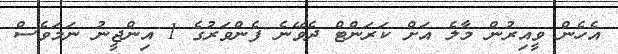
އެހެން ވީއިރުން މާލެ އަށް ކަރަންޓް ދެވޭނެ ފެންވަރުގެ 1 އިންޖީނު ނަމަވެސް